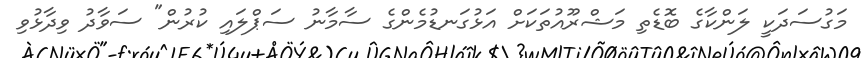
މަގުސަދަކީ ލަންކާގެ ބޮޑެތި މަޝްރޫއުތަކަށް އަޅުގަނޑުމެންގެ ސާމާނު ސަޕްލައި ކުރުން" ސަވާދު ވިދާޅުވި